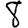
Digit: 8